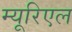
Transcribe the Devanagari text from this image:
म्यूरिएल